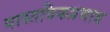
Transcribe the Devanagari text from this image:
वास्तविकप्रभाव